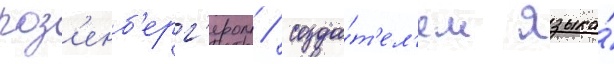
роз'енб'ерг'ером / созда́т'ел'ем языка́